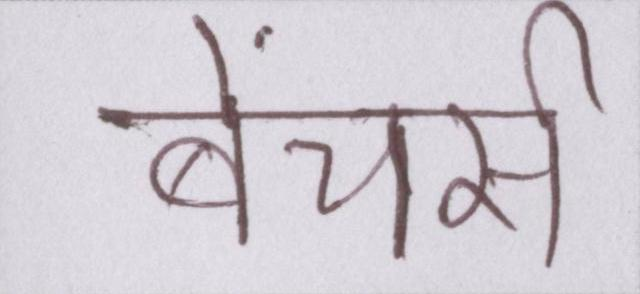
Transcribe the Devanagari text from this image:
बेंचर्स